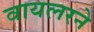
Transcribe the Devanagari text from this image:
वायलरने